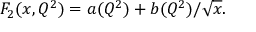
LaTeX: F _ { 2 } ( x , Q ^ { 2 } ) = a ( Q ^ { 2 } ) + b ( Q ^ { 2 } ) / \sqrt { x } .